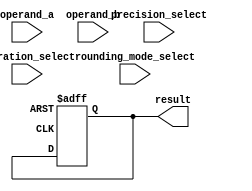
module mixed_precision_fp_unit (
    input wire [63:0] operand_a,
    input wire [63:0] operand_b,
    input wire [1:0] precision_select,
    input wire [1:0] operation_select,
    input wire rounding_mode_select,
    output reg [63:0] result
);

reg [64:0] temp_result;
reg [7:0] exponent_a, exponent_b, exponent_result;
reg [52:0] mantissa_a, mantissa_b, mantissa_result;
reg overflow, underflow, inexact;

// Arithmetic operations
always @(posedge clk or posedge reset) begin
    if (reset) begin
        result <= 64'h0;
    end else begin
        case(operation_select)
            0: temp_result <= operand_a + operand_b;
            1: temp_result <= operand_a - operand_b;
            2: temp_result <= operand_a * operand_b;
            3: temp_result <= operand_a / operand_b;
        endcase

        // Round result based on rounding mode
        // Convert result to selected precision
        // Handle overflow, underflow, and inexact errors
    end
end

endmodule